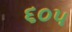
૬૦૫